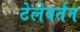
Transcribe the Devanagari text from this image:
टेलेवर्तन